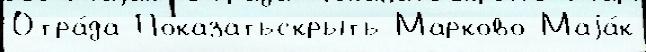
Отра́да Показатьскрыть Марково Маjа́к